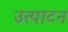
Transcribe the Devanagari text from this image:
उत्पाटन